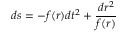
d s = - f ( r ) d t ^ { 2 } + \frac { d r ^ { 2 } } { f ( r ) }